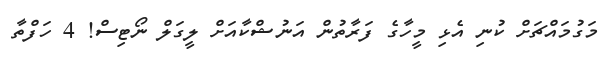
މަގުމައްޗަށް ކުނި އެޅި މީހާގެ ފަރާތުން އަނުޝްކާއަށް ލީގަލް ނޯޓިސް! 4 ހަފްތާ